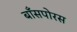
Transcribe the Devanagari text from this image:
बाँसपोरस